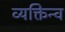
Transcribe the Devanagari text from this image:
व्यक्तिन्व